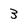
Character: 3